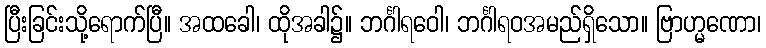
ပြီးခြင်းသို့ရောက်ပြီ။ အထခေါ၊ ထိုအခါ၌။ ဘင်္ဂါရဝေါ၊ ဘင်္ဂါရဝအမည်ရှိသော။ ဗြာဟ္မဏော၊